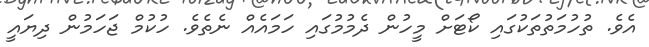
އެވެ. ތުހުމަތުތަކުގައި ކޯޓަށް މީހުން ދެމުމުގައި ހަމައެއް ނެތެވެ. ހުކުމް ޖަހަމުން ދިޔައީ